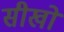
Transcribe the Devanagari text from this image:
सीखों